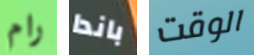
رام باندا الوقت